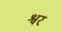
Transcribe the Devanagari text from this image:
श्वर